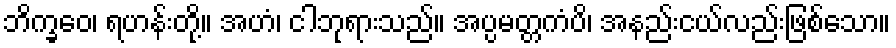
ဘိက္ခဝေ၊ ရဟန်းတို့။ အဟံ၊ ငါဘုရားသည်။ အပ္ပမတ္တကံပိ၊ အနည်းငယ်လည်းဖြစ်သော။